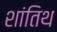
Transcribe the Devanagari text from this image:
शांतिथ